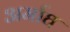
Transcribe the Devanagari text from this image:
अर्माघ